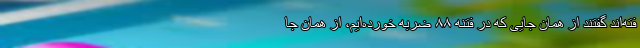
فته‌اند گفتند از همان جایی که در فتنه ۸۸ ضربه خورده‌ایم، از همان جا